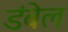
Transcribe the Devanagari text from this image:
डंबेल